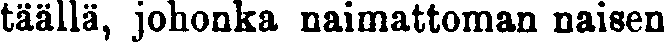
täällä, johonka naimattoman naisen